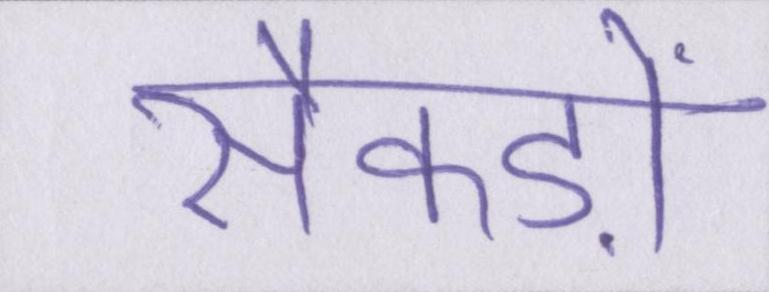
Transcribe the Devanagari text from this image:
सैकड़ों